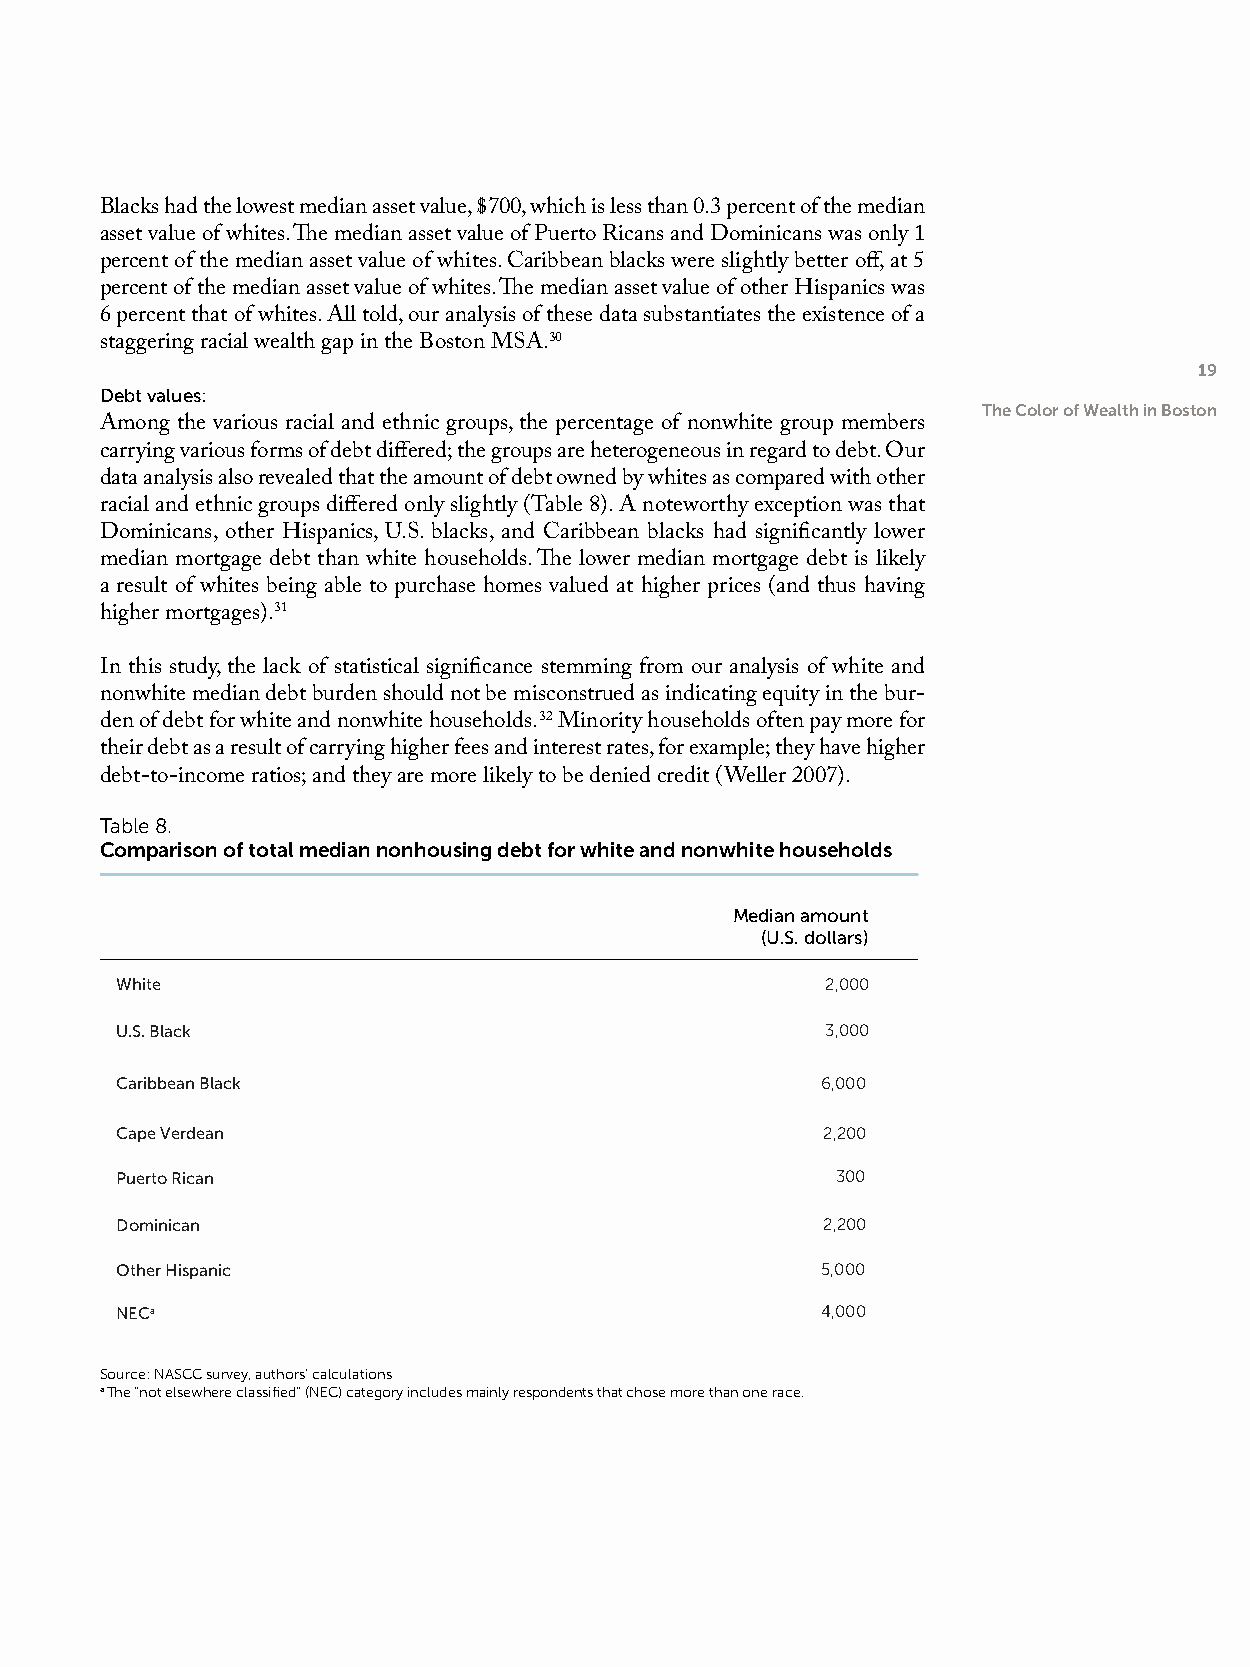
Blacks had the lowest median asset value, $700, which is less than 0.3 percent of the median
 asset value of whites. The median asset value of Puerto Ricans and Dominicans was only 1
 percent of the median asset value of whites. Caribbean blacks were slightly better off, at 5
 percent of the median asset value of whites. The median asset value of other Hispanics was
 6 percent that of whites. All told, our analysis of these data substantiates the existence of a
 staggering racial wealth gap in the Boston MSA.30
 19
 Debt values:
 The Color of Wealth in Boston
 Among the various racial and ethnic groups, the percentage of nonwhite group members
 carrying various forms of debt differed; the groups are heterogeneous in regard to debt. Our
 data analysis also revealed that the amount of debt owned by whites as compared with other
 racial and ethnic groups differed only slightly (Table 8). A noteworthy exception was that
 Dominicans, other Hispanics, U.S. blacks, and Caribbean blacks had significantly lower
 median mortgage debt than white households. The lower median mortgage debt is likely
 a result of whites being able to purchase homes valued at higher prices (and thus having
 higher mortgages).31
 In this study, the lack of statistical significance stemming from our analysis of white and
 nonwhite median debt burden should not be misconstrued as indicating equity in the bur-
 den of debt for white and nonwhite households. 32 Minority households often pay more for
 their debt as a result of carrying higher fees and interest rates, for example; they have higher
 debt-to-income ratios; and they are more likely to be denied credit (Weller 2007).
 Table 8.
 Comparison of total median nonhousing debt for white and nonwhite households
 Median amount
 (U.S. dollars)
 White                                          2,000
 U.S. Black                                     3,000
 Caribbean Black                               6,000
 Cape Verdean                                   2,200
 Puerto Rican                                   300
 Dominican                                      2,200
 Other Hispanic                                5,000
 NECa                                          4,000
 Source: NASCC survey, authors’ calculations
 a The “not elsewhere classified” (NEC) category includes mainly respondents that chose more than one race.